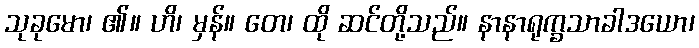
သုခုမော၊ ၏။ ဟိ၊ မှန်။ တေ၊ ထို ဆင်တို့သည်။ နာနာရုက္ခသာခါဒယော၊